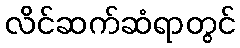
လိင်ဆက်ဆံရာတွင်